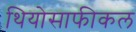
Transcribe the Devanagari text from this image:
थियोसाफीकल